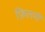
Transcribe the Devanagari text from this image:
फ़िलमीं